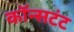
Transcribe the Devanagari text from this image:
कॉन्सटंट